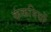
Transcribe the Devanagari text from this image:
कंकनियों